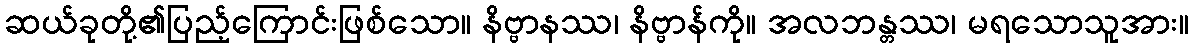
ဆယ်ခုတို့၏ပြည့်ကြောင်းဖြစ်သော။ နိဗ္ဗာနဿ၊ နိဗ္ဗာန်ကို။ အလဘန္တဿ၊ မရသောသူအား။